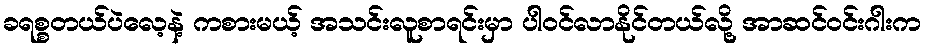
ခရစ္စတယ်ပဲလေ့နဲ့ ကစားမယ့် အသင်းလူစာရင်းမှာ ပါဝင်လာနိုင်တယ်လို့ အာဆင်ဝင်းဂါးက